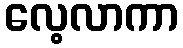
လေ့လာကာ